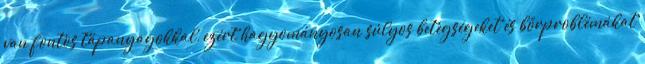
van fontos tápanyagokkal, ezért hagyományosan súlyos betegségeket és bőrproblémákat